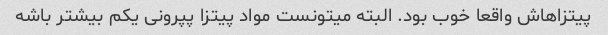
پیتزاهاش واقعا خوب بود. البته میتونست مواد پیتزا پپرونی یکم بیشتر باشه